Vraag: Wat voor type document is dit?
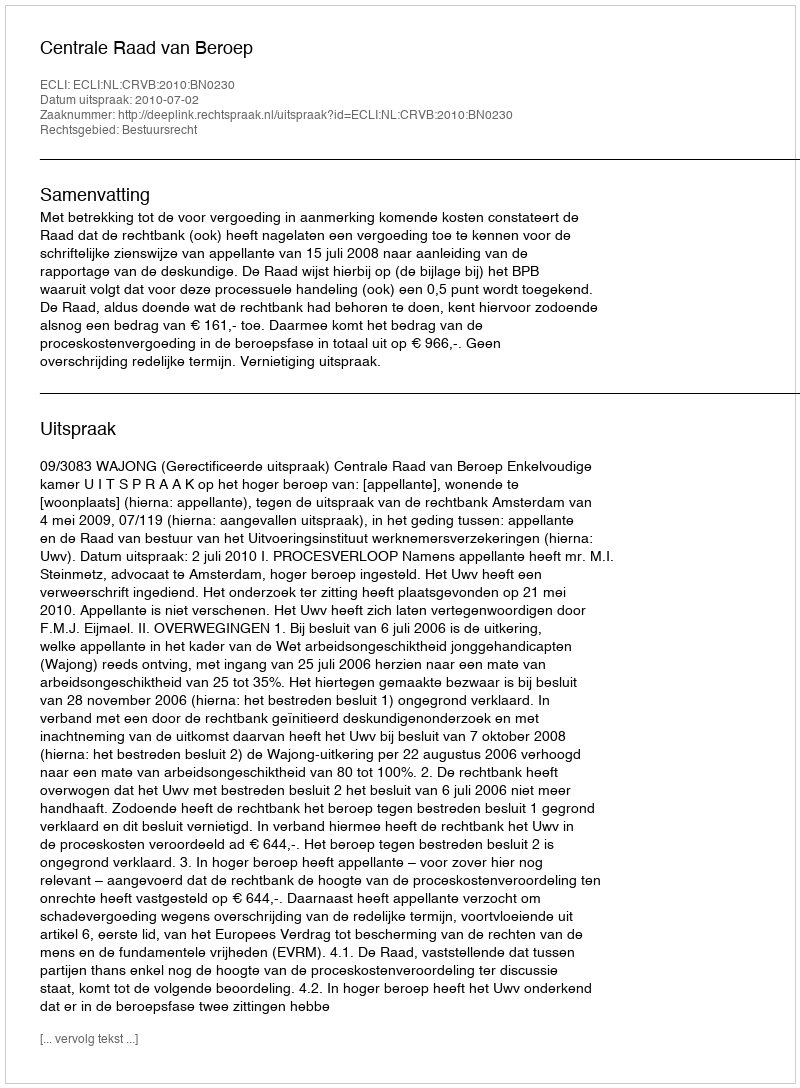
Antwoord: Uitspraak